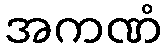
အကဏံ